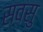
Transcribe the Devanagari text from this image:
सवसु